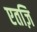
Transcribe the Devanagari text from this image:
एतज़ि